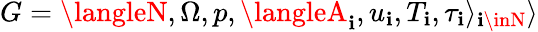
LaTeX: G=\langleN,\Omega,p,\langleA_{\mathbf{i}},u_{\mathbf{i}},T_{\mathbf{i}},\tau_{\mathbf{i}}\rangle_{\mathbf{i}\inN}\rangle